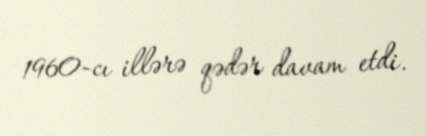
1960-cı illərə qədər davam etdi.